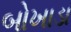
બોખાડા